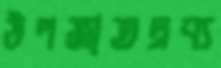
উপজাতদ্রব্য